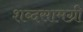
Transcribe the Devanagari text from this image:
शब्दसामग्री